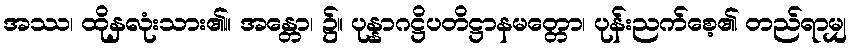
အဿ၊ ထိုနှလုံးသား၏။ အန္တော၊ ၌။ ပုန္နာဂဋ္ဌိပတိဋ္ဌာနမတ္တော၊ ပုန်းညက်စေ့၏ တည်ရာမျှ